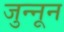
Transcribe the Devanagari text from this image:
जुन्नून